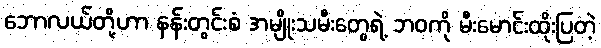
ဘောလယ်တို့ဟာ နန်းတွင်းစံ အမျိုးသမီးတွေရဲ့ ဘဝကို မီးမောင်းထိုးပြတဲ့